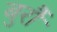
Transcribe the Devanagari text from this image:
बुर्रौ